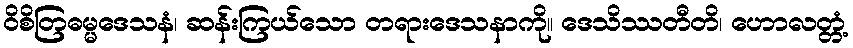
ဝိစိတြဓမ္မဒေသနံ၊ ဆန်းကြယ်သော တရားဒေသနာကို။ ဒေသိဿတီတိ၊ ဟောလတ္တံ့